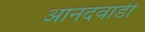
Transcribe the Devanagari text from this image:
आनंदवाडी